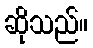
ဆိုသည်။